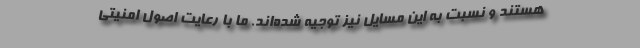
هستند و نسبت به این مسایل نیز توجیه شده‌اند. ما با رعایت اصول امنیتی